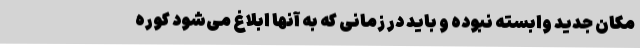
مکان جدید وابسته نبوده و باید در زمانی که به آنها ابلاغ می‌شود کوره